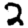
Digit: 2